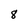
Character: 8